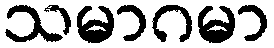
သမာဂမာ